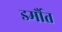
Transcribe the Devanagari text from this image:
डर्मौत